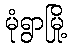
မုံရွာမြို့